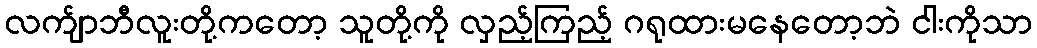
လက်ျာဘီလူးတို့ကတော့ သူတို့ကို လှည့်ကြည့် ဂရုထားမနေတော့ဘဲ ငါးကိုသာ